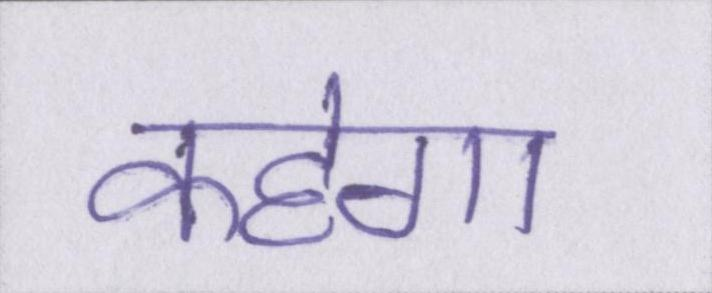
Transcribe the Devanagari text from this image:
कहेगा